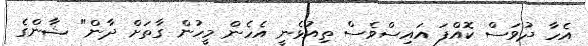
އެހާ ދުވަސް ކޮއްފަ އައިސްވެސް ތިއުޅެނީ އެހެން މީހުން ގާތަށް ދާން" ޝާންގެ